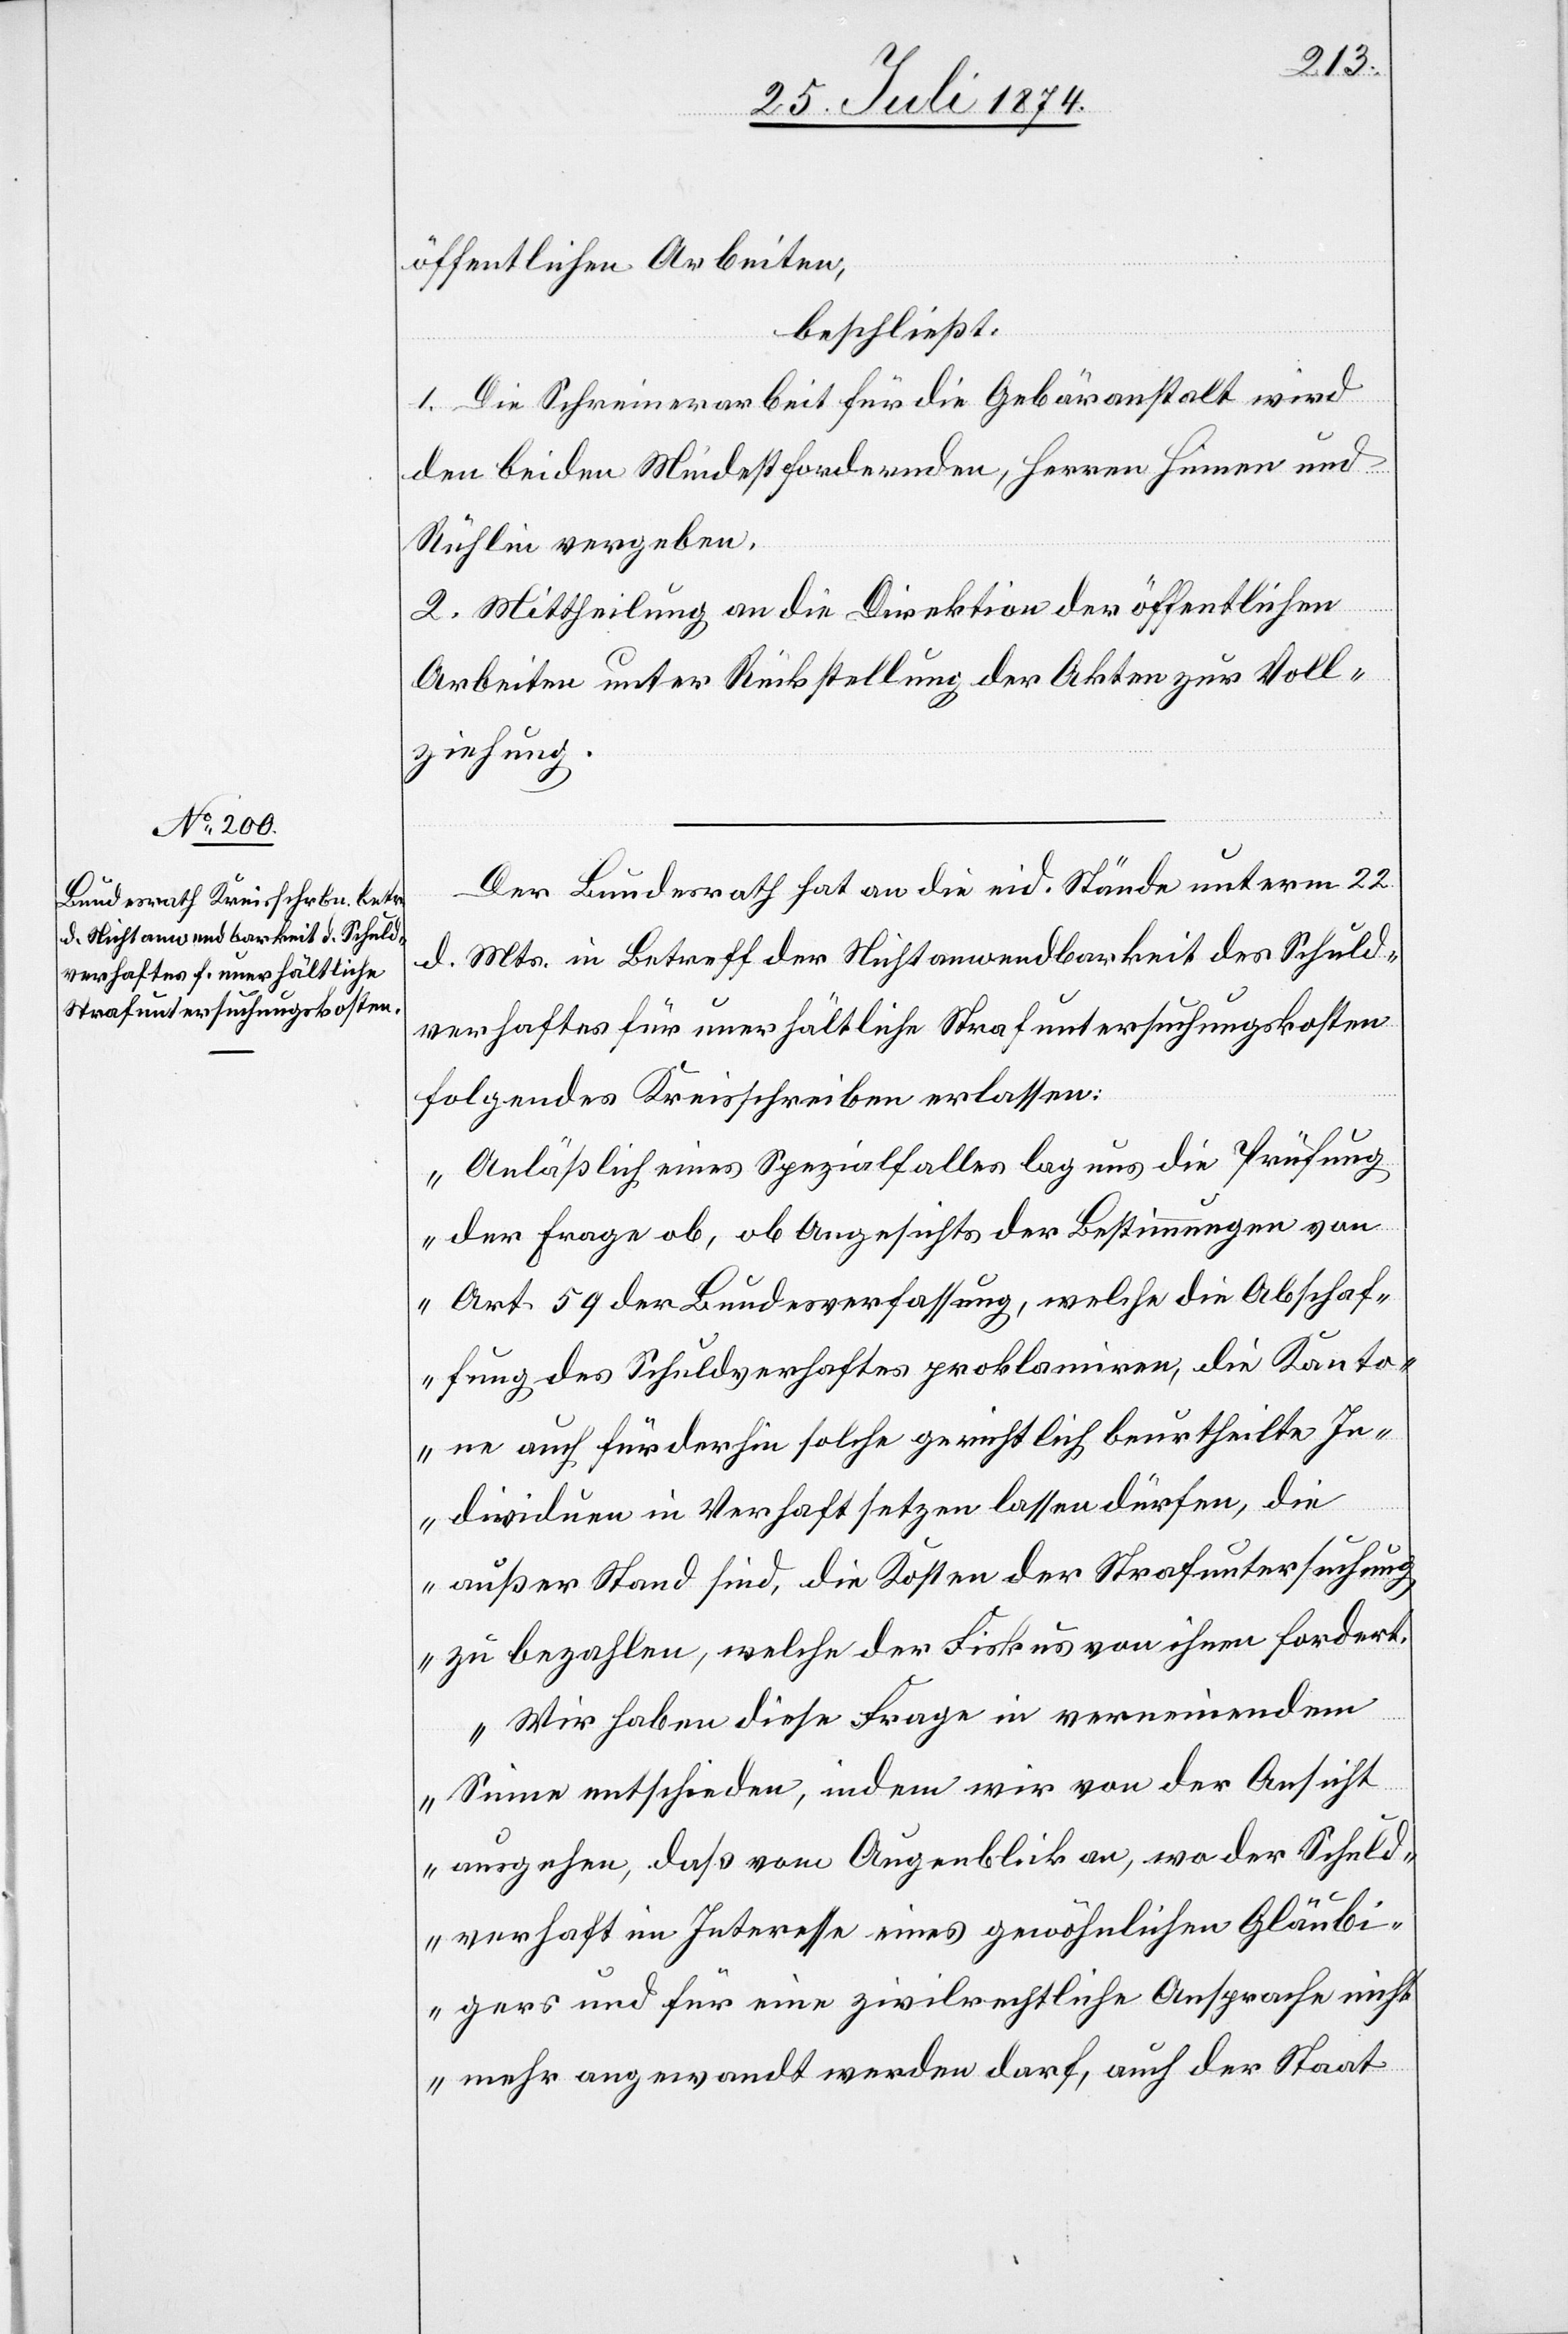
öffentlichen Arbeiten,
beschließt:
1. Die Schreinerarbeit für die Gebäranstalt wird
den beiden Mindestfordernden, Herren Hinnen und
Rühlin vergeben.
2. Mittheilung an die Direktion der öffentlichen
Arbeiten unter Rückstellung der Akten zur Voll¬
ziehung.
Der Bundesrath hat an die eid. Stände unterm 22.
d. Mts. in Betreff der Nichtanwendbarkeit des Schuld¬
verhaftes für unerhältliche Strafuntersuchungskosten
folgendes Kreisschreiben erlassen:
„Anläßlich eines Spezialfalles lag uns die Prüfung
der Frage ob, ob Angesichts der Bestimmungen von
Art. 59 der Bundesverfassung, welche die Abschaf¬
fung des Schuldverhaftes proklamiren, die Kanto¬
ne auch fürderhin solche gerichtlich beurtheilte In¬
dividuen in Verhaft setzen lassen dürfen, die
außer Stand sind, die Kosten der Strafuntersuchung
zu bezahlen, welche der Fiskus von ihnen fordert.
Wir haben diese Frage in verneinendem
Sinne entschieden, indem wir von der Ansicht
ausgehen, daß vom Augenblick an, wo der Schuld¬
verhaft im Interesse eines gewöhnlichen Gläubi¬
gers und für eine zivilrechtliche Ansprache nicht
mehr angewandt werden darf, auch der Staat